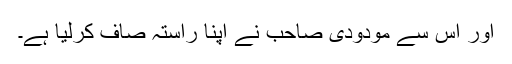
اور اس سے مودودی صاحب نے اپنا راستہ صاف کرلیا ہے۔